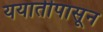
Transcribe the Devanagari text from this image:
ययातीपासून